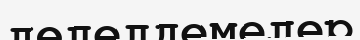
дөлелдемелер